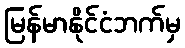
မြန်မာနိုင်ငံဘက်မှ